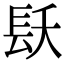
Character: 镺